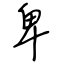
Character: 卑